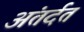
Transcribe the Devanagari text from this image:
अंतर्दत